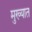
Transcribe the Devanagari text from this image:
मुख्यात